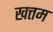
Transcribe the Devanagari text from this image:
खत्तम